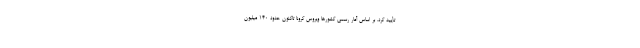
تأیید کرد. بر اساس آمار رسمی کشورها ویروس کرونا تاکنون حدود ۱۴۰ میلیون